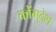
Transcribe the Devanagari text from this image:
कोंगुदेश